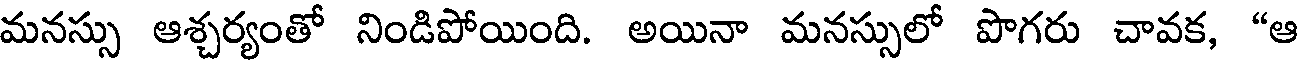
మనస్సు ఆశ్చర్యంతో నిండిపోయింది. అయినా మనస్సులో పొగరు చావక, "ఆ